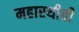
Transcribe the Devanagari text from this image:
महारथीची